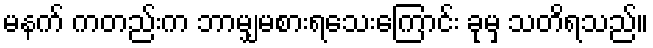
မနက် ကတည်းက ဘာမျှမစားရသေးကြောင်း ခုမှ သတိရသည်။